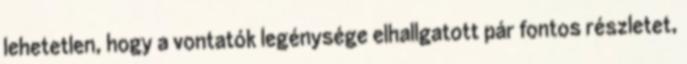
lehetetlen, hogy a vontatók legénysége elhallgatott pár fontos részletet,